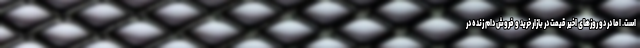
است. اما در دو روزهای اخیر قیمت در بازار خرید و فروش دام زنده در